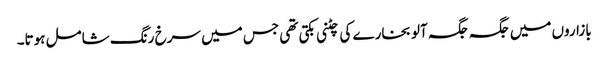
بازاروں میں جگہ جگہ آلو بخارے کی چٹنی بکتی تھی جس میں سرخ رنگ شامل ہوتا۔